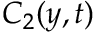
C _ { 2 } ( y , t )